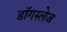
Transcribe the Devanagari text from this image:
डॉगस्लेज